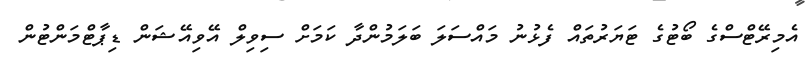
އެމިރޭޓްސްގެ ބޯޓުގެ ޓަޔަރުތައް ފެޅުނު މައްސަލަ ބަލަމުންދާ ކަމަށް ސިވިލް އޭވިއޭޝަން ޑިޕާޓްމަންޓުން